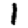
Digit: 1